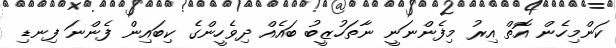
ކަންމިހެން އޮތް އިރު މިފެންނަނީ ނާތަހުޒީބު ބައެއް ދިވެހީންގެ ކިބައިން ފެންނަ ފިނޑި